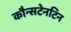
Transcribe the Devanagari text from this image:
कौन्सटेनटिन